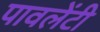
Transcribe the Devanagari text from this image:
पावलेंटी